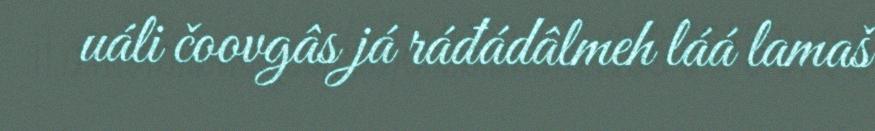
uáli čoovgâs já ráđádâlmeh láá lamaš